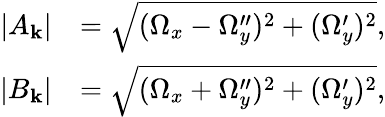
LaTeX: \begin{array}{rl}{|A_{\mathbf{k}}|}&{=\sqrt{(\Omega_{x}-\Omega_{y}^{\prime\prime})^{2}+(\Omega_{y}^{\prime})^{2}},}\\ {|B_{\mathbf{k}}|}&{=\sqrt{(\Omega_{x}+\Omega_{y}^{\prime\prime})^{2}+(\Omega_{y}^{\prime})^{2}},}\end{array}